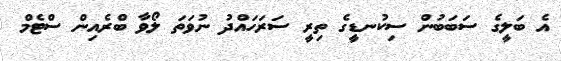
އެ ބަލީގެ ސަބަބުން ސިކުނޑީގެ ތިރީ ސަރަހައްދު ނުވަތަ ލޯވާ ބްރެއިން ސްޓެމް